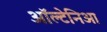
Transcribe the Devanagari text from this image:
ऑल्टेनिआ